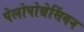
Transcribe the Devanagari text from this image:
पेलोपोन्नेसिंयन